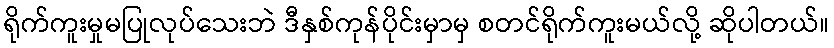
ရိုက်ကူးမှုမပြုလုပ်သေးဘဲ ဒီနှစ်ကုန်ပိုင်းမှာမှ စတင်ရိုက်ကူးမယ်လို့ ဆိုပါတယ်။